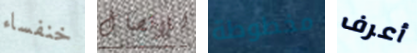
خنفساء للاتصال مخطوطة أعرف